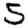
Digit: 5